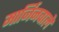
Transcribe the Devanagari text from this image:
मार्जिनवाले